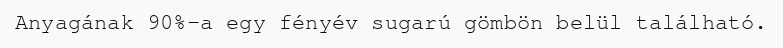
Anyagának 90%-a egy fényév sugarú gömbön belül található.